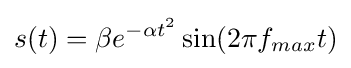
s(t)=\beta e^{-\alpha t^{2}}\sin(2\pi f_{max}t)